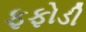
ફફોડી